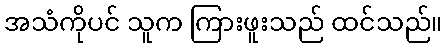
အသံကိုပင် သူက ကြားဖူးသည် ထင်သည်။